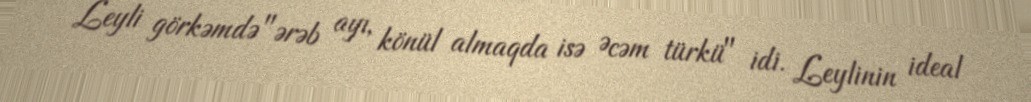
Leyli görkəmdə "ərəb ayı, könül almaqda isə Əcəm türkü" idi. Leylinin ideal